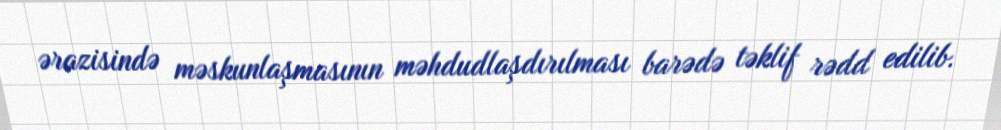
ərazisində məskunlaşmasının məhdudlaşdırılması barədə təklif rədd edilib.